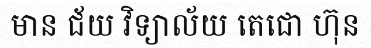
មាន ជ័យ វិទ្យាល័យ តេជោ ហ៊ុន